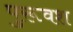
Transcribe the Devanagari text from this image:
पुरूवश